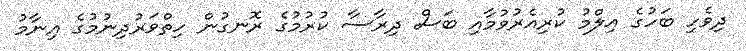
ދިވެހި ބަހުގެ އިލްމު ކުރިއެރުވުމާއި ބަސް ދިރާސާ ކުރުމުގެ ރޮނގުން ހިތްވަރުދިނުމުގެ އިނާމު